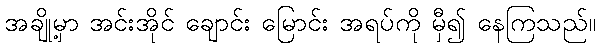
အချို့မှာ အင်းအိုင် ချောင်း မြောင်း အရပ်ကို မှီ၍ နေကြသည်။